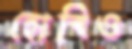
হোবিও